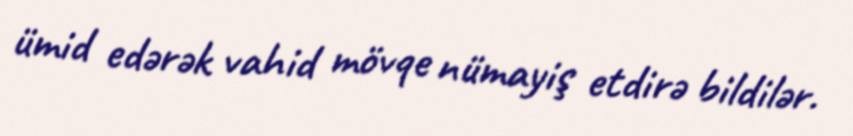
ümid edərək vahid mövqe nümayiş etdirə bildilər.